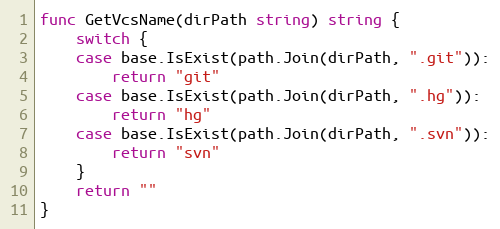
Language: Go
func GetVcsName(dirPath string) string {
	switch {
	case base.IsExist(path.Join(dirPath, ".git")):
		return "git"
	case base.IsExist(path.Join(dirPath, ".hg")):
		return "hg"
	case base.IsExist(path.Join(dirPath, ".svn")):
		return "svn"
	}
	return ""
}